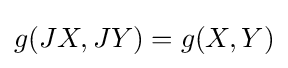
g(JX,JY)=g(X,Y)